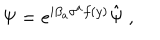
\Psi = e ^ { i \beta _ { a } \sigma ^ { a } f ( y ) } \hat { \Psi } \ ,